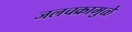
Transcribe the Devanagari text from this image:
जलचक्रामुळे